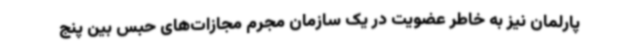
پارلمان نیز به خاطر عضویت در یک سازمان مجرم مجازات‌های حبس بین پنج